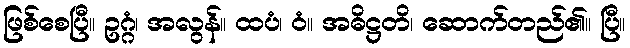
ဖြစ်စေပြီ။ ဥဂ္ဂံ၊ အလွန်။ ထပံ၊ ဝံ။ အဓိဋ္ဌတိ၊ ဆောက်တည်၏။ ပြီ။